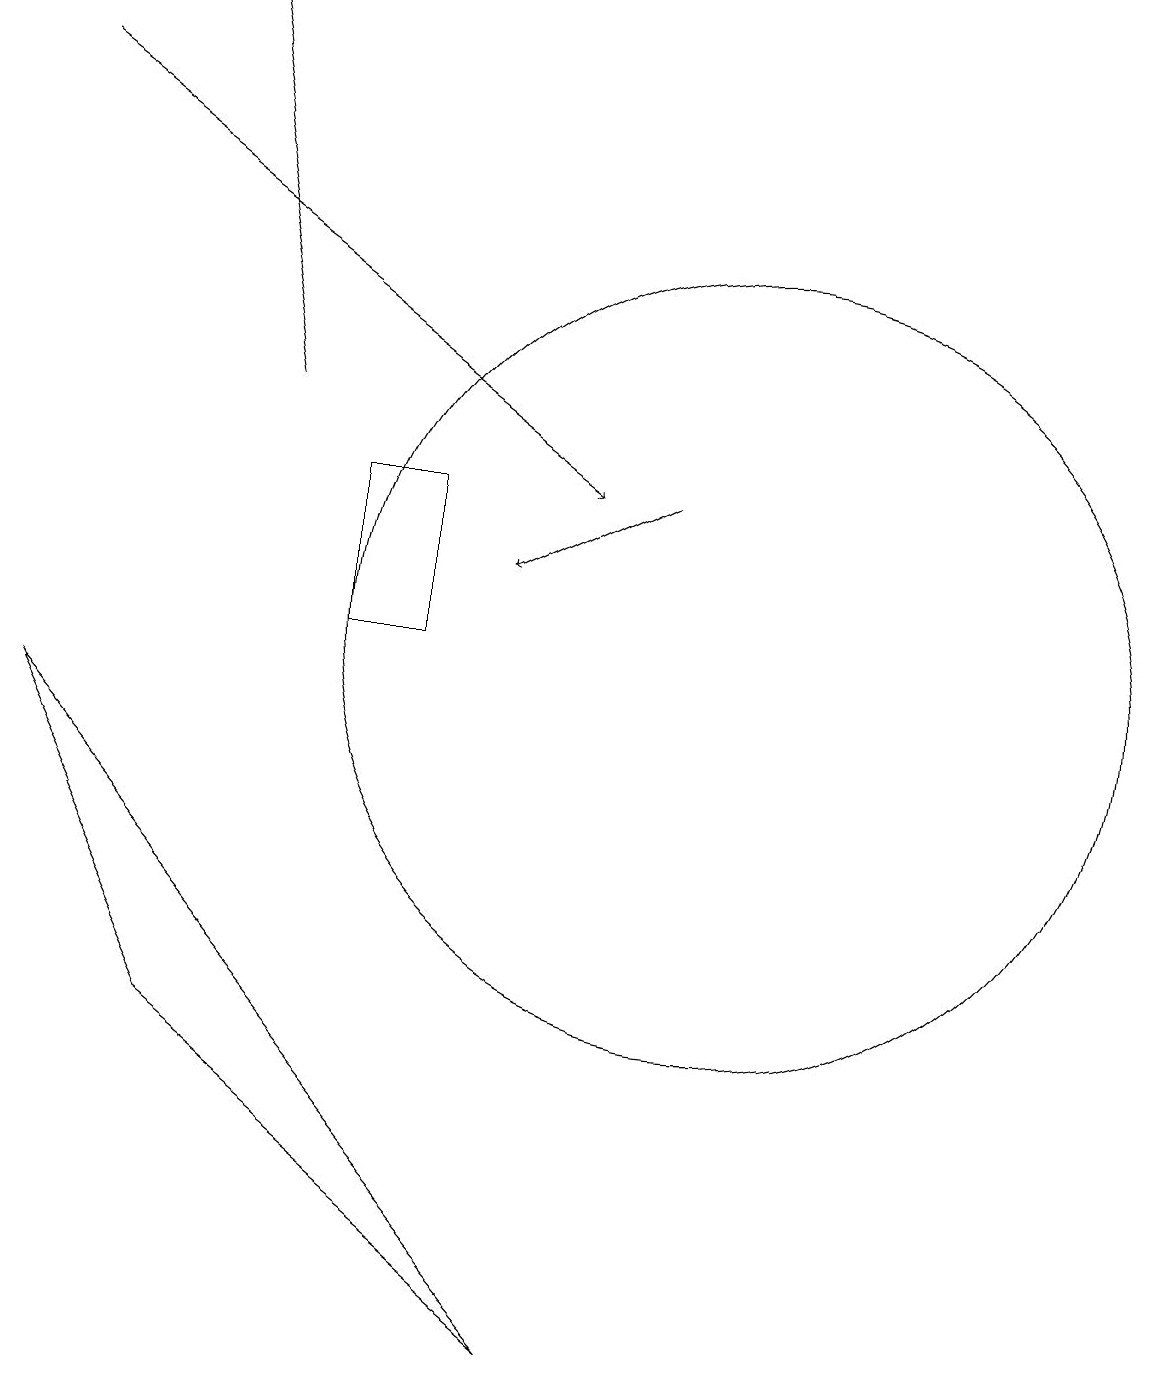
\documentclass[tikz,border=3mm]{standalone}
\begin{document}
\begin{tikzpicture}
\draw (1,9) -- (3,5) -- (8,1) -- cycle;
\draw[->] (4,13) -- (3,18);
\draw[->] (9,12) -- (7,11);
\draw (5,10) rectangle (6,12);
\draw[->] (1,17) -- (8,12);
\draw (10,10) circle (5);
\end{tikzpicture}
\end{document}